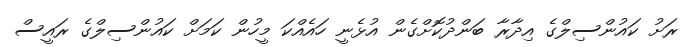
ރަށު ކައުންސިލްގެ އިދާރާ ބަންދުކޮށްގެން އުޅެނީ ހައެއްކަ މީހުން ކަމަށް ކައުންސިލްގެ ރައީސް